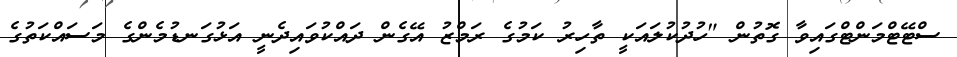
ސްޓޭޓްމަންޓްގައިވާ ގޮތުން "ހުދުކުލައަކީ ތާހިރު ކަމުގެ ރަމްޒު އޭގެން ދައްކުވައިދެނީ އަޅުގަނޑުމެންގެ މަސައްކަތުގެ